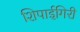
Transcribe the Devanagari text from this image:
शिपाईगिरी